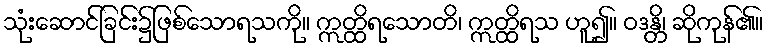
သုံးဆောင်ခြင်း၌ဖြစ်သောရသကို။ ဣတ္ထိရသောတိ၊ ဣတ္ထိရသ ဟူ၍။ ဝဒန္တိ၊ ဆိုကုန်၏။